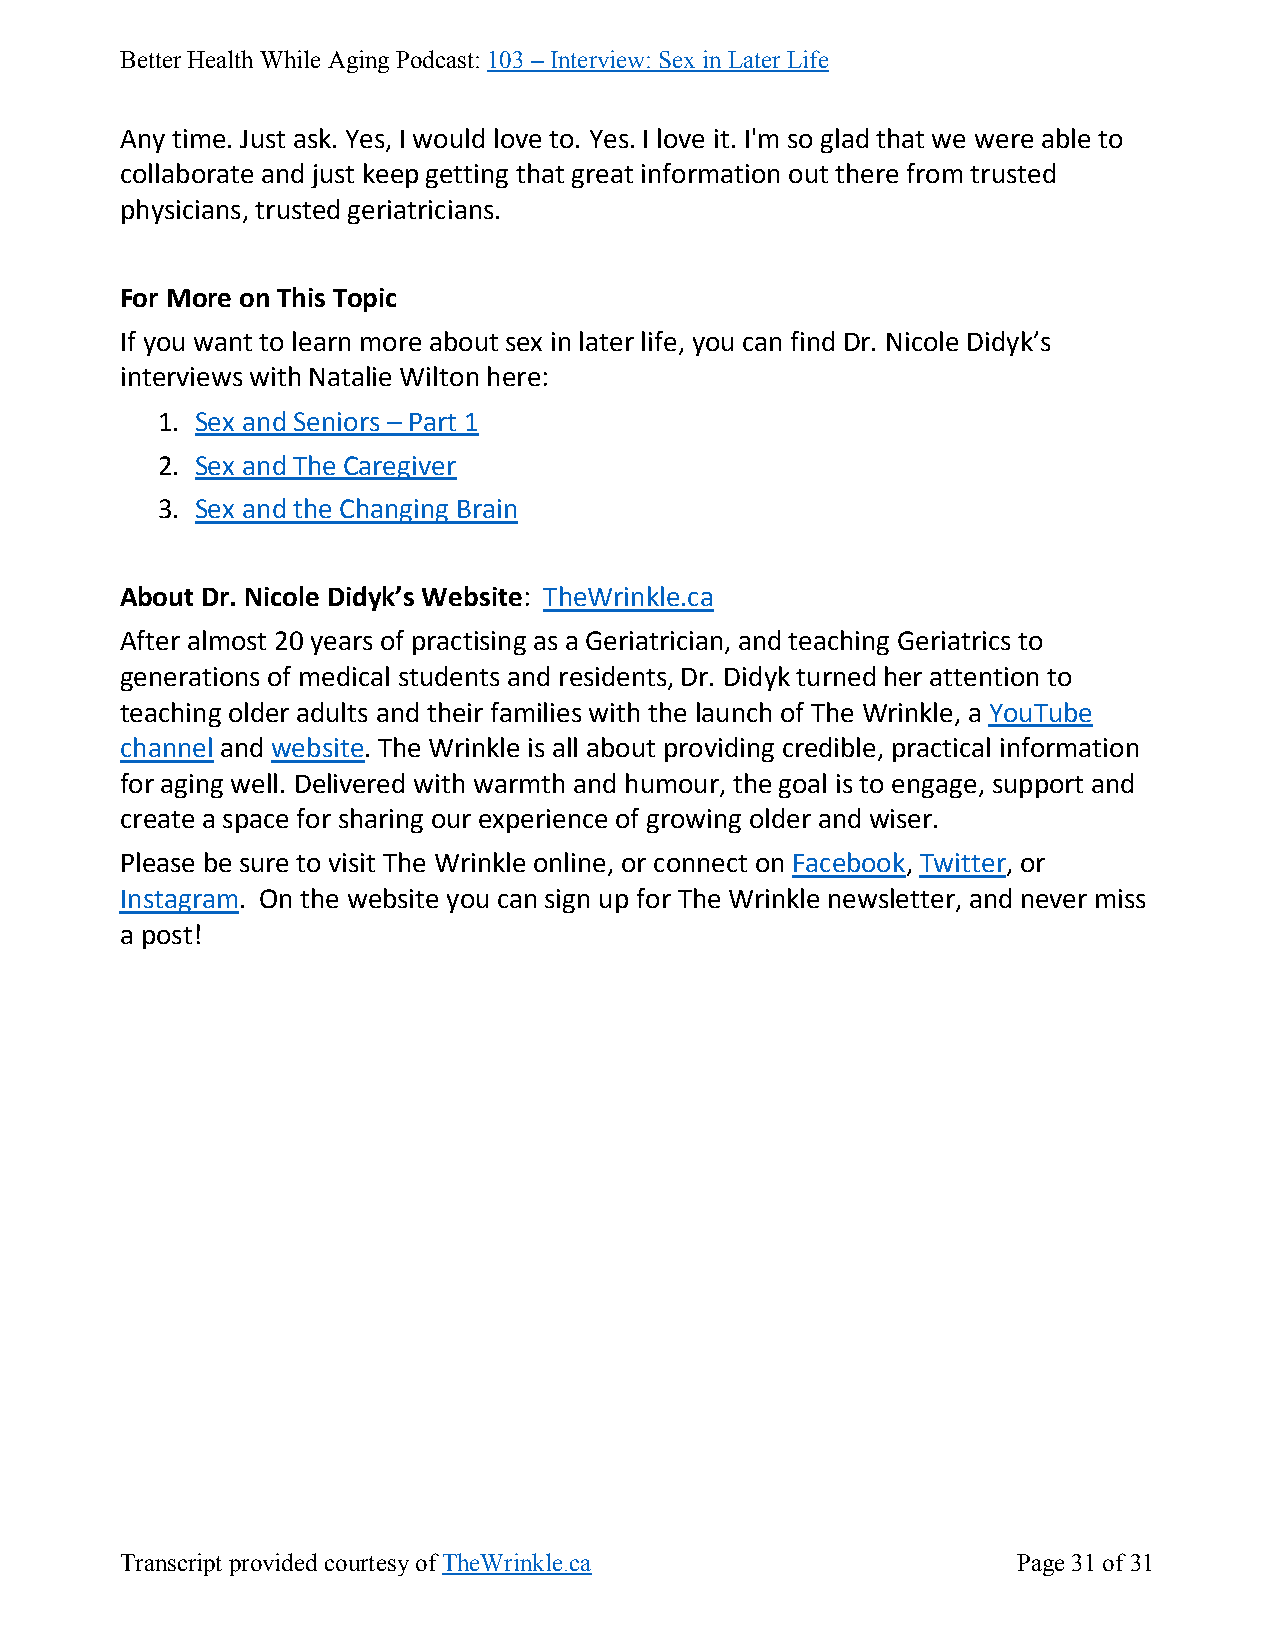
Better Health While Aging Podcast: 103 – Interview: Sex in Later Life
 Any time. Just ask. Yes, I would love to. Yes. I love it. I'm so glad that we were able to
 collaborate and just keep getting that great information out there from trusted
 physicians, trusted geriatricians.
 For More on This Topic
 If you want to learn more about sex in later life, you can find Dr. Nicole Didyk’s
 interviews with Natalie Wilton here:
 1. Sex and Seniors – Part 1
 2. Sex and The Caregiver
 3. Sex and the Changing Brain
 About Dr. Nicole Didyk’s Website: TheWrinkle.ca
 After almost 20 years of practising as a Geriatrician, and teaching Geriatrics to
 generations of medical students and residents, Dr. Didyk turned her attention to
 teaching older adults and their families with the launch of The Wrinkle, a YouTube
 channel and website. The Wrinkle is all about providing credible, practical information
 for aging well. Delivered with warmth and humour, the goal is to engage, support and
 create a space for sharing our experience of growing older and wiser.
 Please be sure to visit The Wrinkle online, or connect on Facebook, Twitter, or
 Instagram. On the website you can sign up for The Wrinkle newsletter, and never miss
 a post!
 Transcript provided courtesy of TheWrinkle.ca              Page 31 of 31